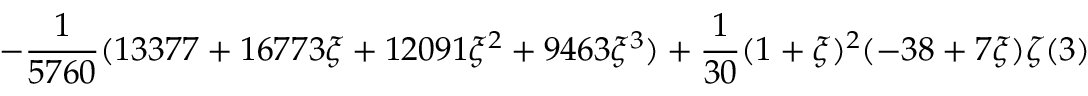
\displaystyle - \frac { 1 } { 5 7 6 0 } ( 1 3 3 7 7 + 1 6 7 7 3 \xi + 1 2 0 9 1 \xi ^ { 2 } + 9 4 6 3 \xi ^ { 3 } ) + \frac { 1 } { 3 0 } ( 1 + \xi ) ^ { 2 } ( - 3 8 + 7 \xi ) \zeta ( 3 )